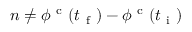
n \ne \phi ^ { \mathrm { ~ c ~ } } ( t _ { \mathrm { ~ f ~ } } ) - \phi ^ { \mathrm { ~ c ~ } } ( t _ { \mathrm { ~ i ~ } } )